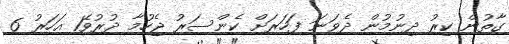
ގާތުން ކިރު ދިނުމުން ދެވަނަ ފަހަރަށް ކެންސަރު ޖެހުމާ ދުރުވޭ1 އަހަރު 6